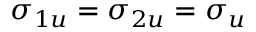
\sigma _ { 1 u } = \sigma _ { 2 u } = \sigma _ { u }